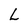
Character: L